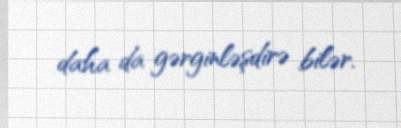
daha da gərginləşdirə bilər.